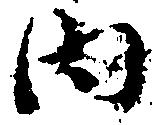
内